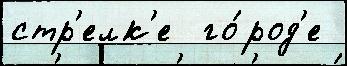
стр'елк'е  го́род'е